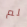
لم